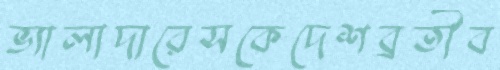
ভ্যালাদারেসকেদেশব্রতীব